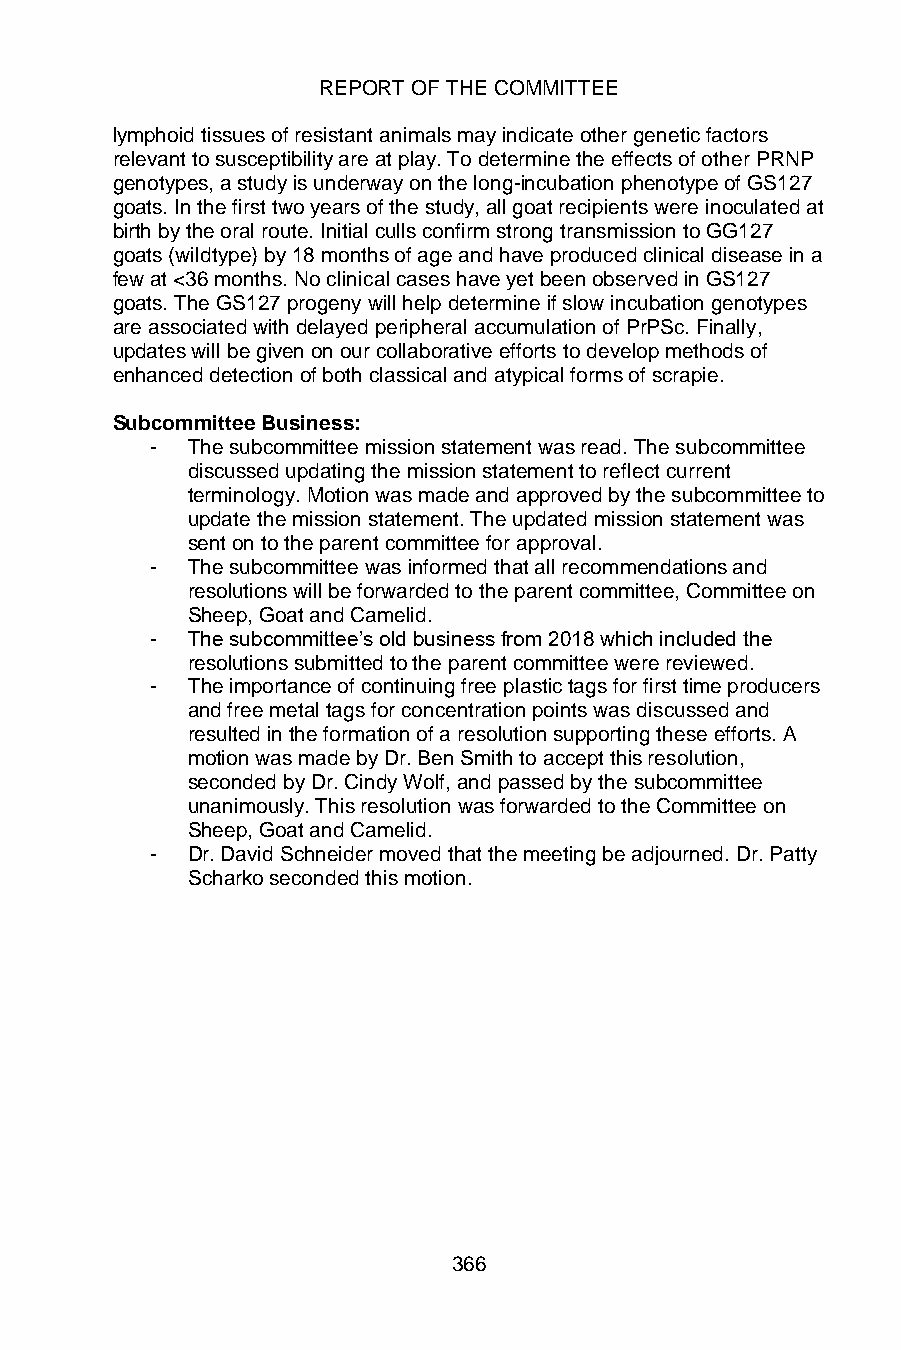
REPORT OF THE COMMITTEE
 lymphoid tissues of resistant animals may indicate other genetic factors
 relevant to susceptibility are at play. To determine the effects of other PRNP
 genotypes, a study is underway on the long-incubation phenotype of GS127
 goats. In the first two years of the study, all goat recipients were inoculated at
 birth by the oral route. Initial culls confirm strong transmission to GG127
 goats (wildtype) by 18 months of age and have produced clinical disease in a
 few at <36 months. No clinical cases have yet been observed in GS127
 goats. The GS127 progeny will help determine if slow incubation genotypes
 are associated with delayed peripheral accumulation of PrPSc. Finally,
 updates will be given on our collaborative efforts to develop methods of
 enhanced detection of both classical and atypical forms of scrapie.
 Subcommittee Business:
 - The subcommittee mission statement was read. The subcommittee
 discussed updating the mission statement to reflect current
 terminology. Motion was made and approved by the subcommittee to
 update the mission statement. The updated mission statement was
 sent on to the parent committee for approval.
 - The subcommittee was informed that all recommendations and
 resolutions will be forwarded to the parent committee, Committee on
 Sheep, Goat and Camelid.
 - The subcommittee’s old business from 2018 which included the
 resolutions submitted to the parent committee were reviewed.
 - The importance of continuing free plastic tags for first time producers
 and free metal tags for concentration points was discussed and
 resulted in the formation of a resolution supporting these efforts. A
 motion was made by Dr. Ben Smith to accept this resolution,
 seconded by Dr. Cindy Wolf, and passed by the subcommittee
 unanimously. This resolution was forwarded to the Committee on
 Sheep, Goat and Camelid.
 - Dr. David Schneider moved that the meeting be adjourned. Dr. Patty
 Scharko seconded this motion.
 366